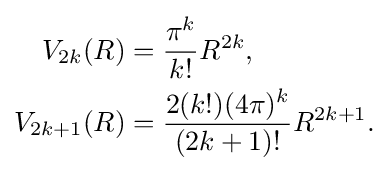
{\begin{aligned}V_{2k}(R)&={\frac {\pi ^{k}}{k!}}R^{2k},\\V_{2k+1}(R)&={\frac {2(k!)(4\pi )^{k}}{(2k+1)!}}R^{2k+1}.\end{aligned}}